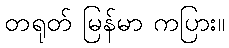
တရုတ် မြန်မာ ကပြား။